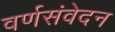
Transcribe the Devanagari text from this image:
वर्णसंवेदन